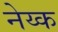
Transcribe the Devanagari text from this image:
नेय्क